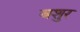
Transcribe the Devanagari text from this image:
बशुर